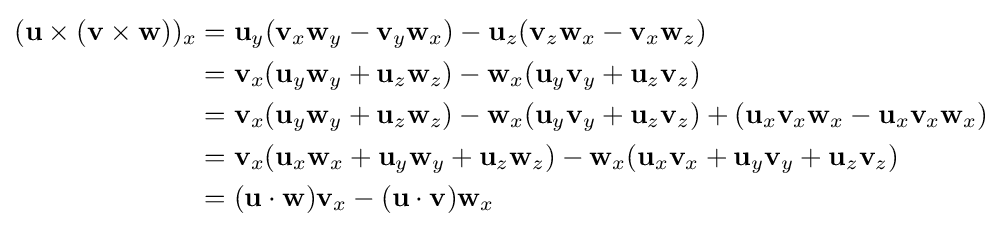
{\begin{aligned}(\mathbf {u} \times (\mathbf {v} \times \mathbf {w} ))_{x}&=\mathbf {u} _{y}(\mathbf {v} _{x}\mathbf {w} _{y}-\mathbf {v} _{y}\mathbf {w} _{x})-\mathbf {u} _{z}(\mathbf {v} _{z}\mathbf {w} _{x}-\mathbf {v} _{x}\mathbf {w} _{z})\\&=\mathbf {v} _{x}(\mathbf {u} _{y}\mathbf {w} _{y}+\mathbf {u} _{z}\mathbf {w} _{z})-\mathbf {w} _{x}(\mathbf {u} _{y}\mathbf {v} _{y}+\mathbf {u} _{z}\mathbf {v} _{z})\\&=\mathbf {v} _{x}(\mathbf {u} _{y}\mathbf {w} _{y}+\mathbf {u} _{z}\mathbf {w} _{z})-\mathbf {w} _{x}(\mathbf {u} _{y}\mathbf {v} _{y}+\mathbf {u} _{z}\mathbf {v} _{z})+(\mathbf {u} _{x}\mathbf {v} _{x}\mathbf {w} _{x}-\mathbf {u} _{x}\mathbf {v} _{x}\mathbf {w} _{x})\\&=\mathbf {v} _{x}(\mathbf {u} _{x}\mathbf {w} _{x}+\mathbf {u} _{y}\mathbf {w} _{y}+\mathbf {u} _{z}\mathbf {w} _{z})-\mathbf {w} _{x}(\mathbf {u} _{x}\mathbf {v} _{x}+\mathbf {u} _{y}\mathbf {v} _{y}+\mathbf {u} _{z}\mathbf {v} _{z})\\&=(\mathbf {u} \cdot \mathbf {w} )\mathbf {v} _{x}-(\mathbf {u} \cdot \mathbf {v} )\mathbf {w} _{x}\end{aligned}}